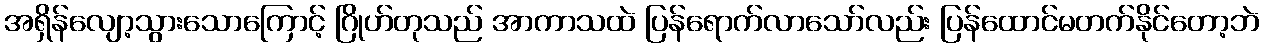
အရှိန်လျော့သွားသောကြောင့် ဂြိုဟ်တုသည် အာကာသထဲ ပြန်ရောက်လာသော်လည်း ပြန်ထောင်မတက်နိုင်တော့ဘဲ